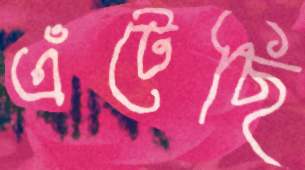
এঁটেছি